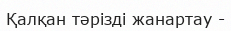
Қалқан тәрізді жанартау -